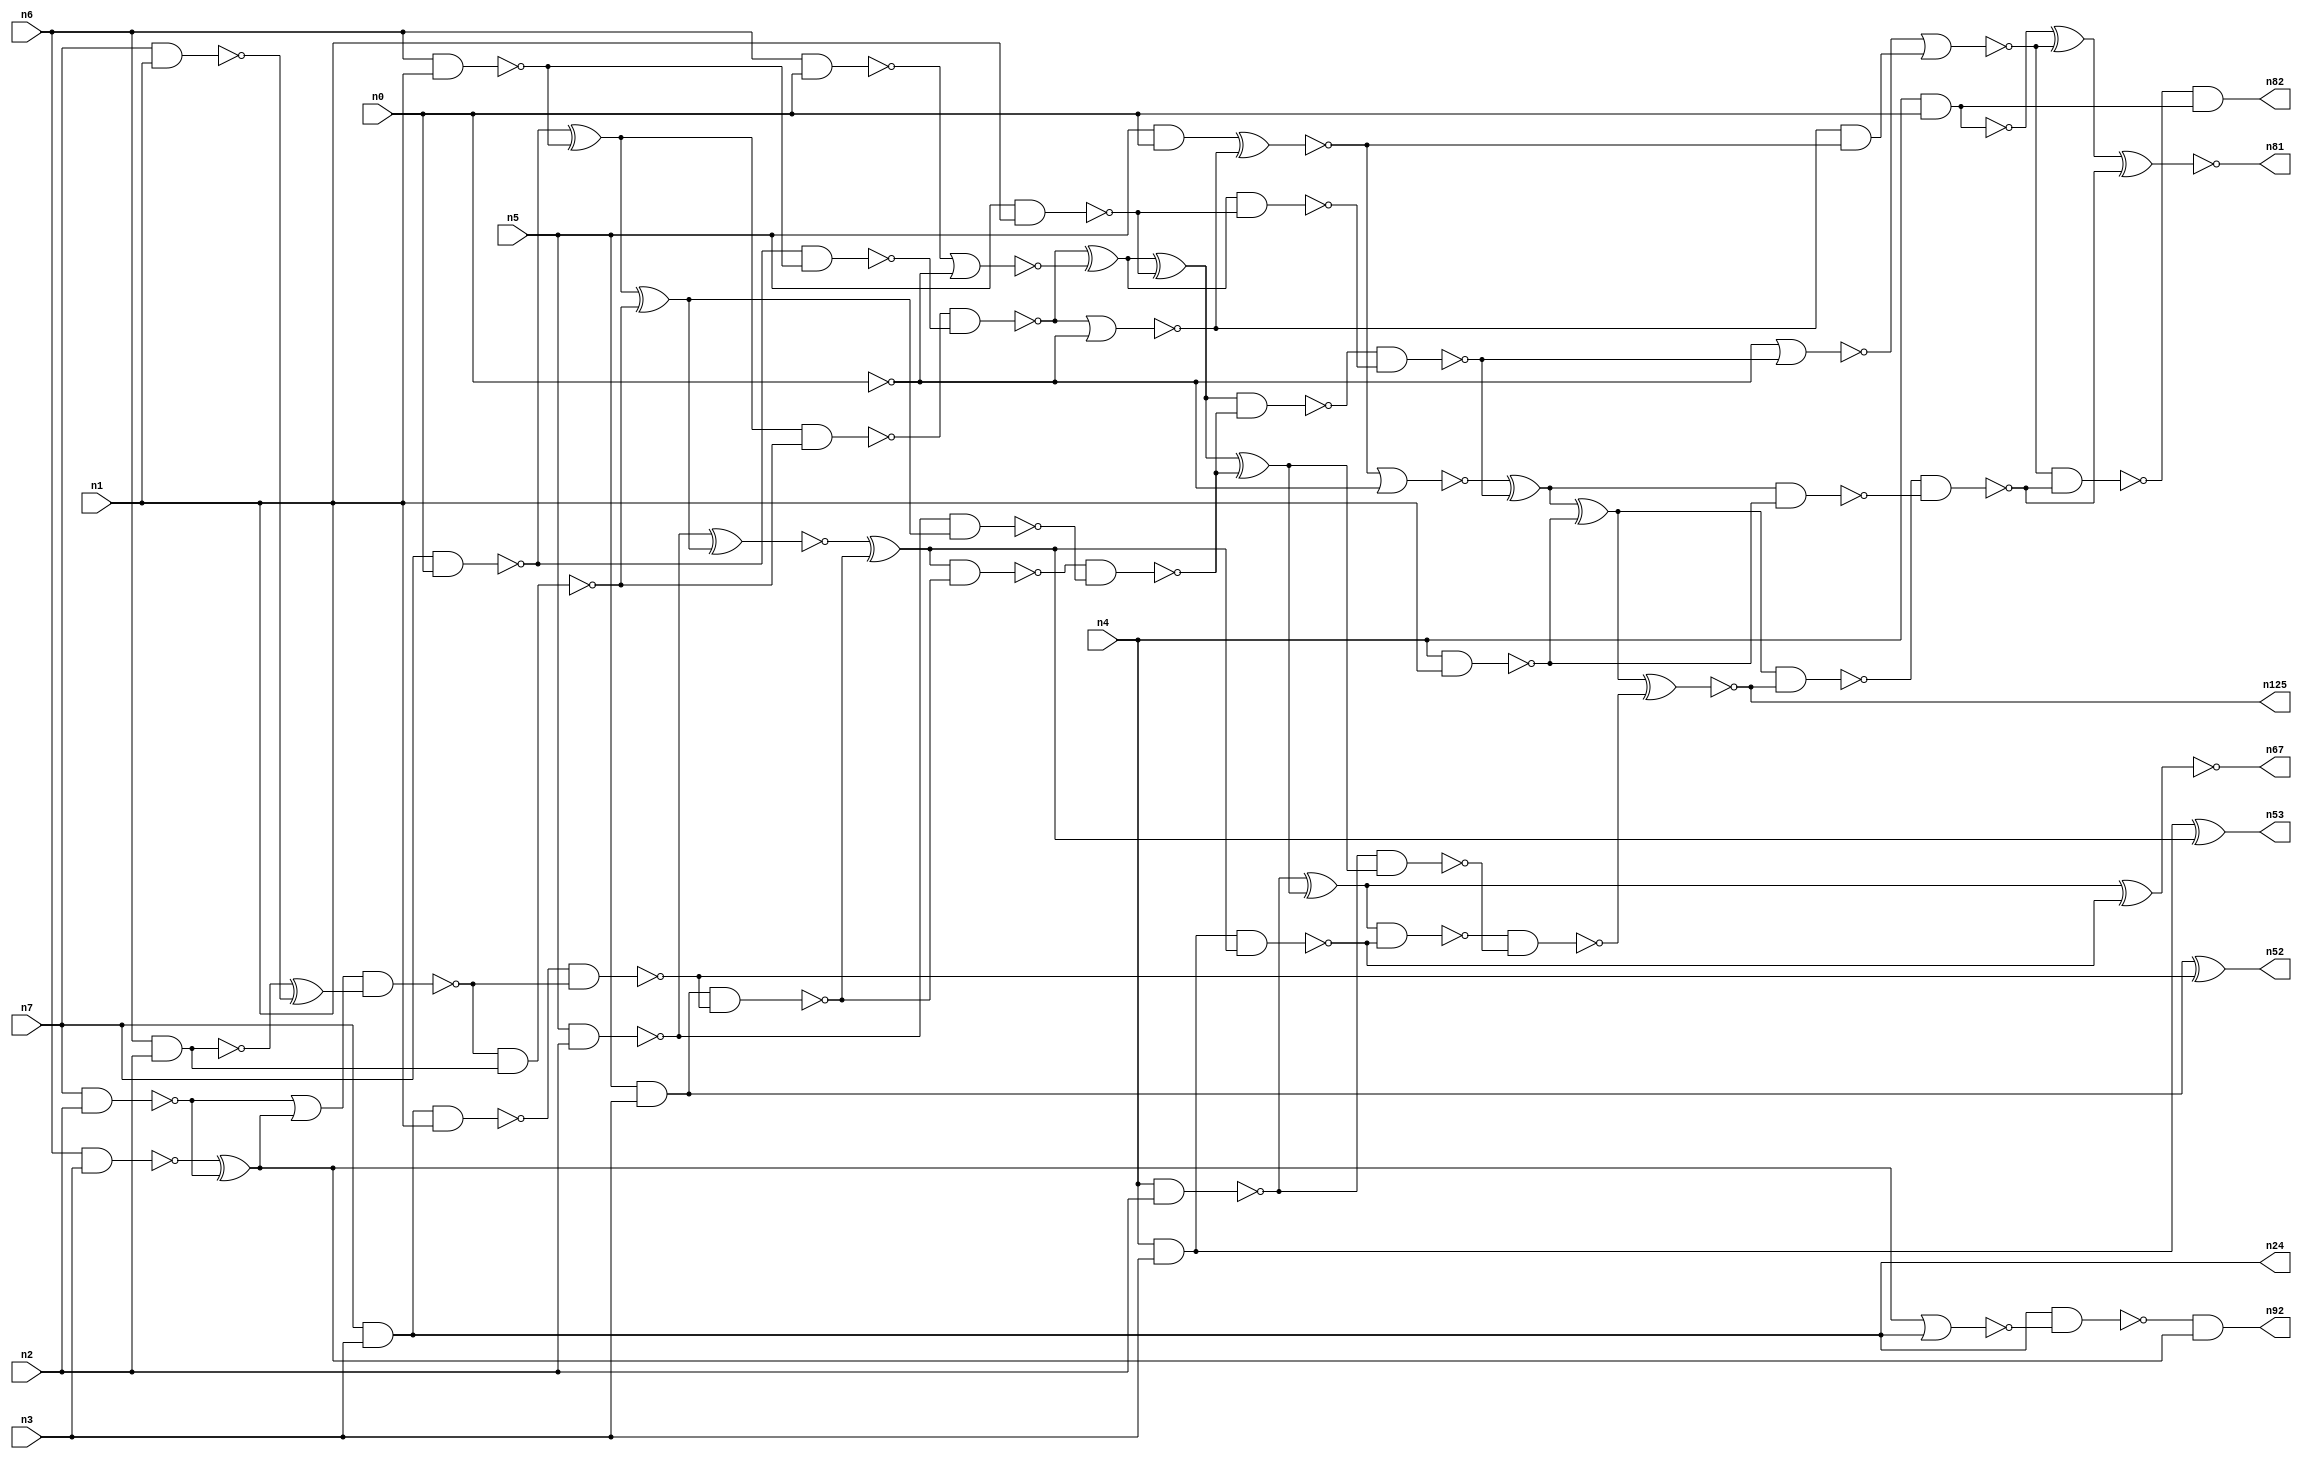
// This file contains a pareto-optimal circuit with respect to power and the fault-resilince parameter p_fault which is defined as:
// "For all input vectors, the ratio of the no. of faults observable at the POs to the no. of total possible faults in the circuit".
// This code is part of the ReCkt library (https://github.com/umar-afzaal/ReCkt) distributed under The MIT License.
// When used, please cite the following article(s):
// U. Afzaal, A.S. Hassan, M. Usman and J.A. Lee, "On the Evolutionary Synthesis of Increased Fault-resilience Arithmetic Circuits".

// p_fault = 89.3 %    (Lower is better)
// gates = 79.0
// levels = 19
// area = 99.59    (For MCNC library relative to nand2)
// power = 550.2 uW    (Berkely-SIS for MCNC library @ Vdd=5V and 20 MHz clock)
// delay = 28.0 ns    (Berkely-ABC for MCNC library)
// PDP = 1.54056e-11 J

// Pin mapping:
// {n0, n1, n2, n3} = A[3:0]
// {n4, n5, n6, n7} = B[3:0]
// {n82, n81, n125, n67, n53, n52, n92, n24} = O[7:0]

module mult4u_power_10 (
n0, n1, n2, n3, n4, n5, n6, n7, 
n82, n81, n125, n67, n53, n52, n92, n24
);

input n0, n1, n2, n3, n4, n5, n6, n7;
output n82, n81, n125, n67, n53, n52, n92, n24;
wire n16, n73, n77, n26, n40, n38, n78, n76, n46, n50, n51, n15, n66, n36, n35, n18, n13, n32, n21, n64, 
n57, n65, n33, n10, n17, n70, n61, n19, n58, n68, n74, n44, n20, n62, n60, n28, n59, n80, n27, n79, 
n69, n45, n71, n25, n14, n75, n43, n8, n39, n34, n37, n31, n42, n56, n54, n12, n63, n30, n22, n85, 
n11, n49, n29, n9, n72, n47, n55, n23, n41, n48, n84;

nand (n8, n4, n3);
and (n9, n5, n0);
nand (n10, n6, n1);
nand (n11, n5, n1);
nand (n12, n0, n0);
nand (n13, n6, n2);
nand (n14, n4, n1);
nand (n15, n7, n0);
nand (n16, n7, n1);
nand (n17, n7, n2);
nand (n18, n6, n3);
and (n19, n5, n3);
nand (n20, n6, n0);
nand (n21, n5, n2);
nand (n22, n4, n2);
nand (n23, n4, n0);
and (n24, n7, n3);
xor (n25, n15, n10);
xor (n26, n18, n17);
nand (n27, n15, n10);
nor (n28, n20, n12);
and (n29, n13, n13);
xor (n30, n13, n16);
or (n31, n17, n26);
nand (n32, n8, n8);
and (n33, n0, n0);
nand (n34, n24, n1);
nand (n35, n29, n29);
nand (n36, n33, n33);
nand (n37, n31, n30);
nand (n38, n37, n35);
nand (n39, n34, n37);
nand (n40, n19, n39);
xor (n41, n25, n38);
nand (n42, n25, n38);
xnor (n43, n19, n39);
nand (n44, n21, n41);
and (n45, n40, n40);
nand (n46, n42, n27);
xnor (n47, n21, n41);
xor (n48, n47, n45);
nand (n49, n48, n40);
nor (n50, n46, n36);
xor (n51, n46, n28);
nand (n52, n43, n43);
xor (n53, n32, n48);
xnor (n54, n9, n50);
xor (n55, n51, n11);
nand (n56, n32, n48);
and (n57, n50, n54);
nand (n58, n51, n11);
nand (n59, n49, n44);
nor (n60, n54, n12);
xor (n61, n55, n59);
nand (n62, n55, n59);
nand (n63, n22, n61);
nand (n64, n0, n0);
nand (n65, n62, n58);
xor (n66, n22, n61);
xnor (n67, n66, n56);
xor (n68, n60, n65);
nand (n69, n66, n56);
nor (n70, n64, n65);
xor (n71, n68, n14);
nor (n72, n70, n57);
nand (n73, n68, n14);
nand (n74, n69, n63);
xnor (n75, n71, n74);
xor (n76, n23, n72);
nand (n77, n23, n23);
nand (n78, n71, n75);
nand (n79, n78, n73);
nand (n80, n72, n79);
xnor (n81, n76, n79);
and (n82, n80, n77);
nor (n84, n26, n24);
nand (n85, n24, n84);
and (n92, n85, n26);
and (n125, n75, n75);

endmodule